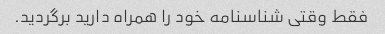
فقط وقتی شناسنامه خود را همراه دارید برگردید.